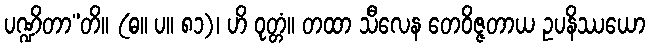
ပဏ္ဍိတာ”တိ။ (ဓ။ ပ။ ၈၁)၊ ဟိ ဝုတ္တံ။ တထာ သီလေန တေဝိဇ္ဇတာယ ဥပနိဿယော